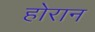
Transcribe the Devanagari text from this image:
होरान